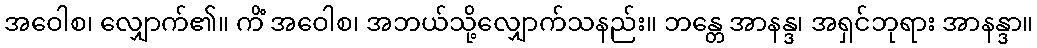
အဝေါစ၊ လျှောက်၏။ ကိံ အဝေါစ၊ အဘယ်သို့လျှောက်သနည်း။ ဘန္တေ အာနန္ဒ၊ အရှင်ဘုရား အာနန္ဒာ။